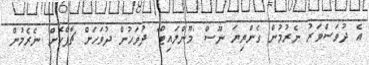
އެ ދުވަސްވަރު ނެރުމުން ގެންޔިޔަ ނޫސް 'މޫންލައިޓް" ދުވަހުން ދުވަހަށް ޗާޕްކޮށް ނެރެމުން